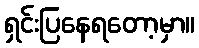
ရှင်းပြနေရတော့မှာ။